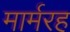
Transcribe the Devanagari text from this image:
मार्मरह